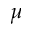
\mu